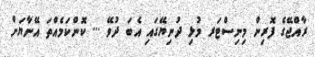
ރާއްޖޭގެ ފޮރިން މިނިސްޓަރ މުޅި ދުނިޔޭގައި އެބަ ދުވޭ ... ކޮންކަމެއްތަ އޭނާޔަށް